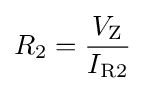
R_{2}={\frac {V_{\text{Z}}}{I_{\text{R2}}}}